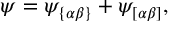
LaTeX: \psi = \psi _ { \{ \alpha \beta \} } + \psi _ { \left[ \alpha \beta \right] } ,